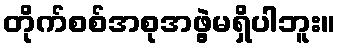
တိုက်စစ်အစုအဖွဲ့မရှိပါဘူး။